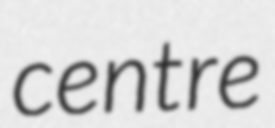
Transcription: centre